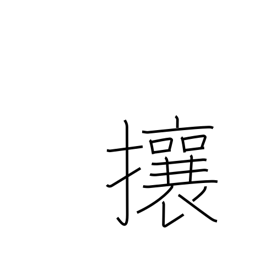
Meaning: chase away